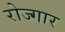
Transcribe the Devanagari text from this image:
रोज्गार